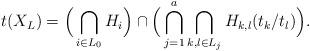
LaTeX: \begin{align*}t(X_L)= \Big(\bigcap_{i\in L_0} H_i\Big) \cap \Big( \bigcap_{j=1}^a\bigcap_{k,l\in L_j} H_{k,l}(t_k/ t_l) \Big).\end{align*}